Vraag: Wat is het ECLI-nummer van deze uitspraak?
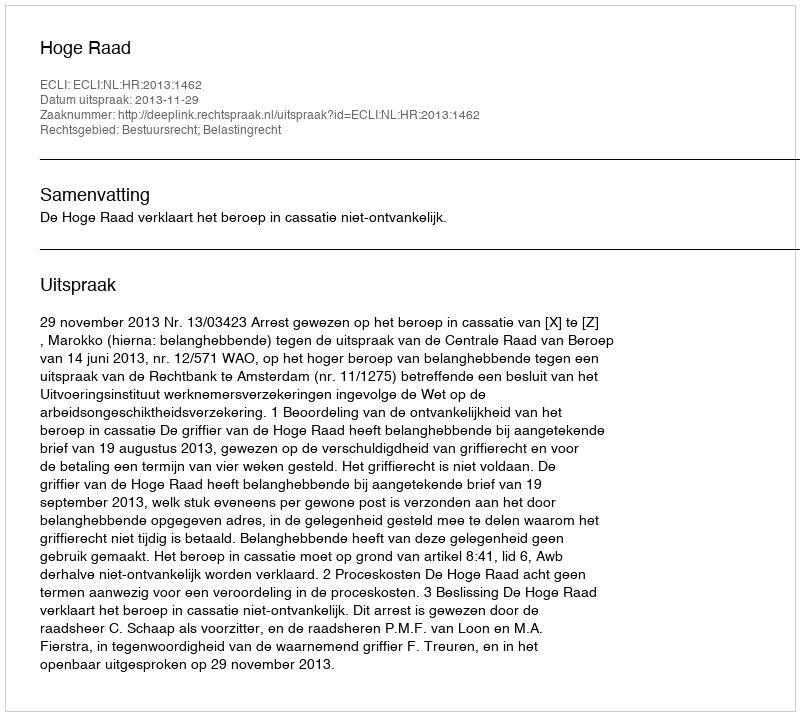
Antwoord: ECLI:NL:HR:2013:1462